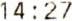
14:27